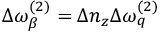
\Delta \omega _ { \beta } ^ { ( 2 ) } = \Delta n _ { z } \Delta \omega _ { q } ^ { ( 2 ) }